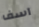
آسف